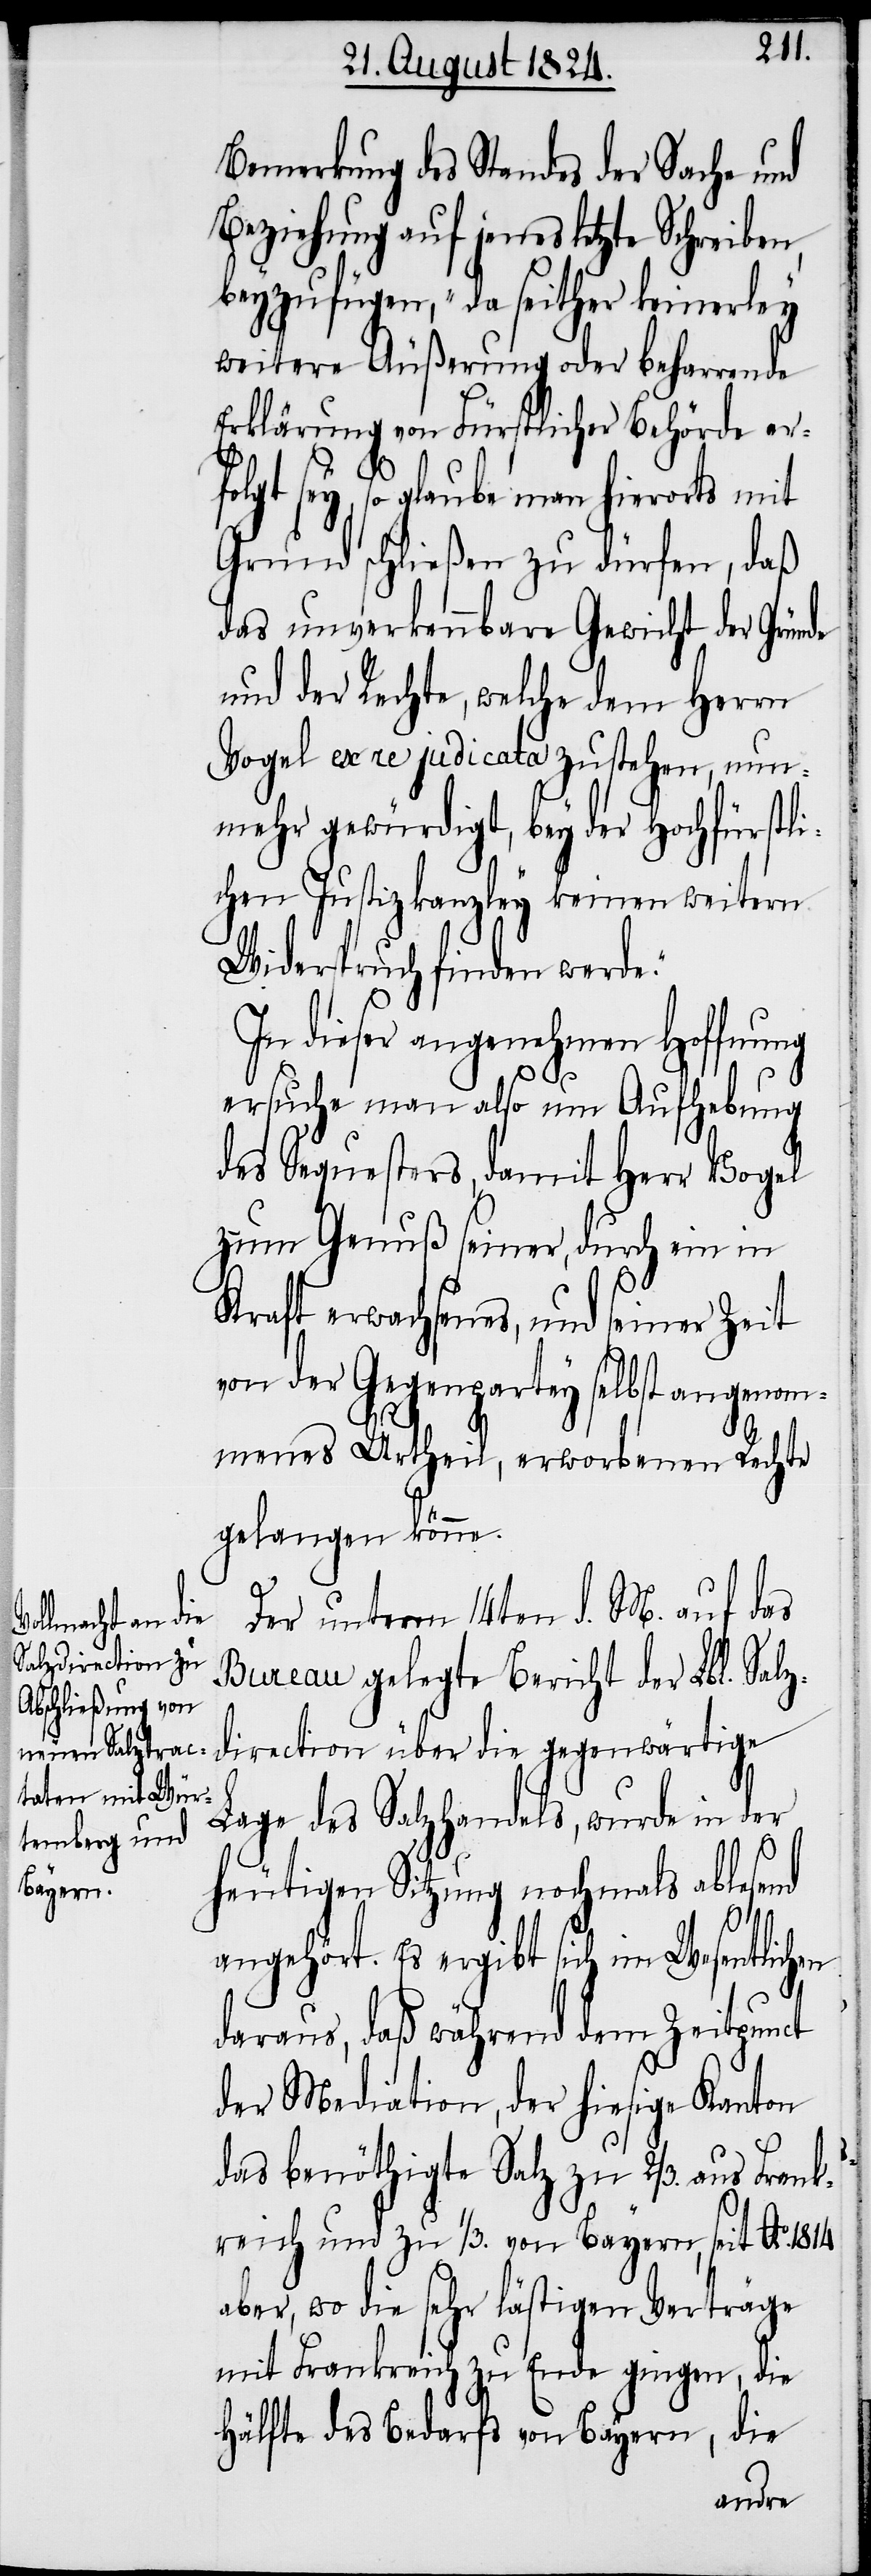
Bemerkung des Standes der Sache und
Beziehung auf jenes letzte Schreiben,
beyzufügen, „da seither keinerley
weitere Äußerung oder beharrende
Erklärung von Fürstlicher Behörde er¬
sey, so glaube man hierorts mit
Grund schließen zu dürfen, daß
das unverkennbare Gewicht der Gr¬
und der Rechte, welche dem Herrn
Vogel ex re judicata zustehen, nun¬
mehr gewürdigt, bey der hochfürstli¬
chen Justizkanzley keinen weitern
Widerspruch finden werde.“
In dieser angenehmen Hoffnung
ersuche man also um Aufhebung
des Sequesters, damit Herr Vogel
zum Genuß seiner, durch ein in
Kraft erwachsenes, und seiner Zeit
von der Gegenpartey selbst angenom¬
menes Urtheil, erworbenen Rechte
gelangen könne.
Der unterm 14ten d. M. auf das
Bureau gelegte Bericht der Lbl. Salz¬
direction über die gegenwärtige
Lage des Salzhandels, wurde in der
heutigen Sitzung nochmals ablesend
folgt
angehört. Es ergibt sich im Wesentlichen
daraus, daß während dem Zeitpunct
der Mediation, der hiesige Kanton
das benöthigte Salz zu 2/3. aus Frank¬
reich und zu 1/3. von Bayern, seit Ao. 1814.
aber, wo die sehr lästigen Verträge
mit Frankreich zu Ende gingen, die
Hälfte des Bedarfs von Bayern, die
ünde